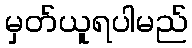
မှတ်ယူရပါမည်